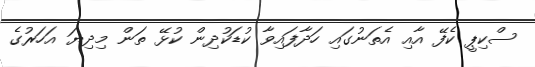
ސްކިޕީ ކެފޭ އާއި އެތަނުގައި ހަދާފައިވާ ކުޑަކުދިން ކުޅޭ ތަން މިދިޔަ އަހަރުގެ